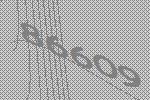
86609